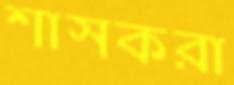
শাসকরা